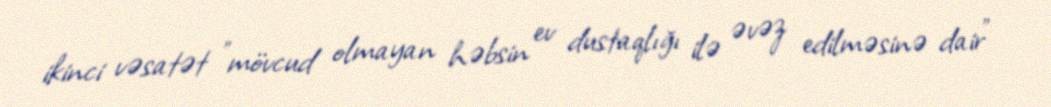
ikinci vəsatət ”mövcud olmayan həbsin ev dustaqlığı ilə əvəz edilməsinə dair"